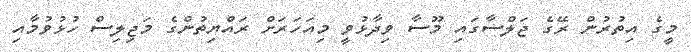
މީގެ އިތުރުން ރޭގެ ޖަލްސާގައި މޫސާ ވިދާޅުވީ މިއަހަރަށް ރައްޔިތުންގެ މަޖިލިސް ހުޅުވުމާއި